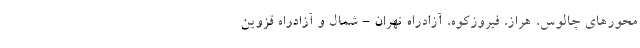
محور‌های چالوس، هراز، فیروزکوه، آزادراه تهران - شمال و آزادراه قزوین